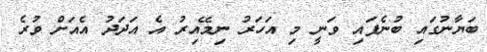
ބަޔާނުގައި ބުނެފައި ވަނީ މި އަހަރު ނިމޭއިރު އެ އަދަދު އެއަށް ވުރެ